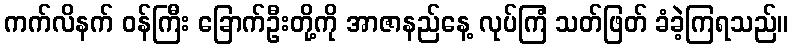
ကက်လိနက် ဝန်ကြီး ခြောက်ဦးတို့ကို အာဇာနည်နေ့ လုပ်ကြံ သတ်ဖြတ် ခံခဲ့ကြရသည်။